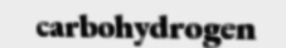
carbohydrogen